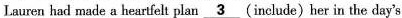
Lauren had made a heartfelt plan \underline{ 3 }(include) her in the day's